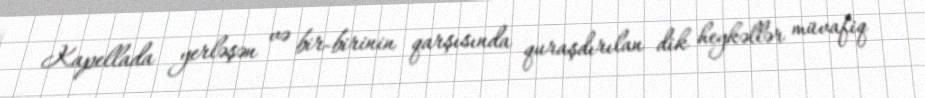
Kapellada yerləşən və bir-birinin qarşısında quraşdırılan dik heykəllər müvafiq